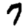
Digit: 7